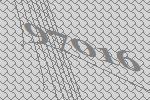
97016